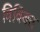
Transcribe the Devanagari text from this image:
विविक्त